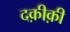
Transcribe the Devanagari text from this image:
दक़ीक़ी